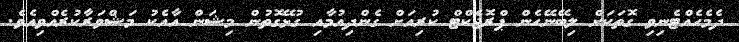
ދެމެހެއްޓެނިވި ގޮތަކަށް ލިބޭނޭހެން ޕްރޮޖެކްޓް ކުރިއަށް ގެންދިއުމާއި ގުޅޭގޮތުން މިޝަން އާއެކު މަޝްވަރާކުރެއްވިއެވެ.